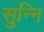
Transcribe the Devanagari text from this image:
सुन्नि